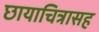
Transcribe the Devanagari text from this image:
छायाचित्रासह